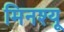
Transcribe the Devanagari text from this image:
मिनश्यू